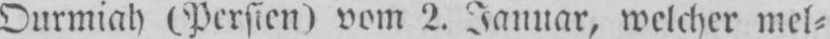
Ourmiah (Persien) vom 2. Januar, welcher mel⸗